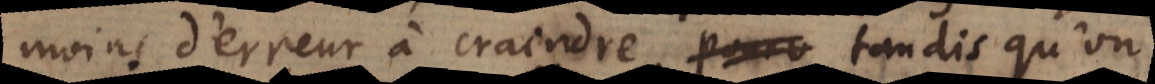
moins d’erreur à craindre, tandis qu’on